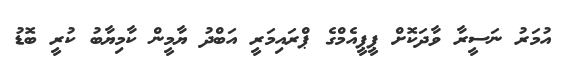
އުމަރު ނަސީރާ ވާދަކޮށް ޕީޕީއެމްގެ ޕްރައިމަރީ އަބްދު ޔާމީން ކާމިޔާބު ކުރީ ބޮޑު